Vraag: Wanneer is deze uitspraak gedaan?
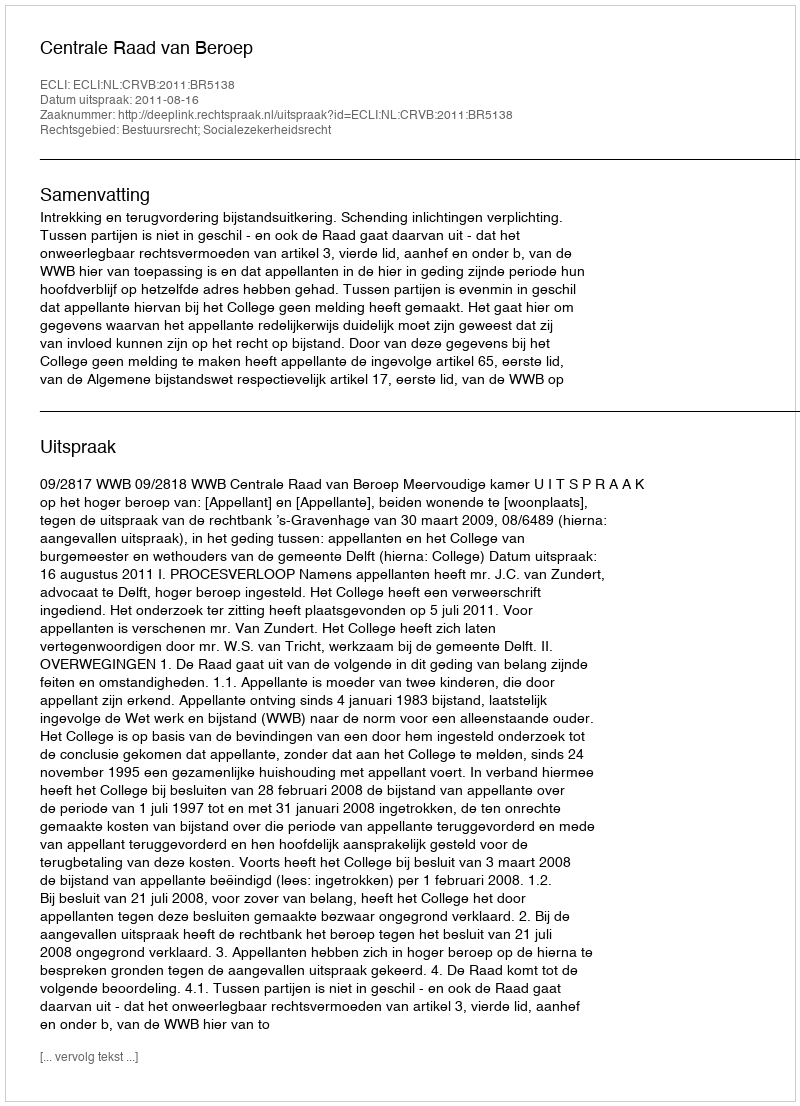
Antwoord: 2011-08-16